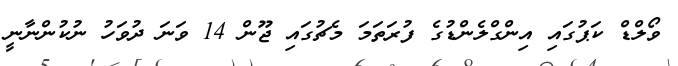
ވޯލްޑް ކަޕުގައި އިންގްލެންޑުގެ ފުރަތަމަ މެޗުގައި ޖޫން 14 ވަނަ ދުވަހު ނުކުންނާނީ